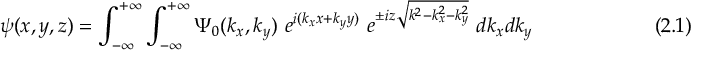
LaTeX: \psi ( x , y , z ) = \int _ { - \infty } ^ { + \infty } \int _ { - \infty } ^ { + \infty } \Psi _ { 0 } ( k _ { x } , k _ { y } ) ~ e ^ { i ( k _ { x } x + k _ { y } y ) } ~ e ^ { \pm i z { \sqrt { k ^ { 2 } - k _ { x } ^ { 2 } - k _ { y } ^ { 2 } } } } ~ d k _ { x } d k _ { y } ~ ~ ~ ~ ~ ~ ~ ~ ~ ~ ~ ~ ~ ~ ~ ~ ~ ~ ( 2 . 1 )